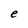
Character: e